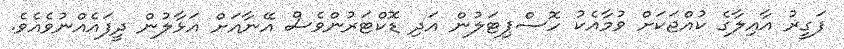
ފަގީރު އާއިލާގެ ކުއްޖަކަށް ވުމާއެކު ހޮސްޕިޓަލުން އަދި ޑޮކްޓަރުންވެސް އޭނާއަށް އަޅާލުން ދީފައެއްނުވެއެވެ.